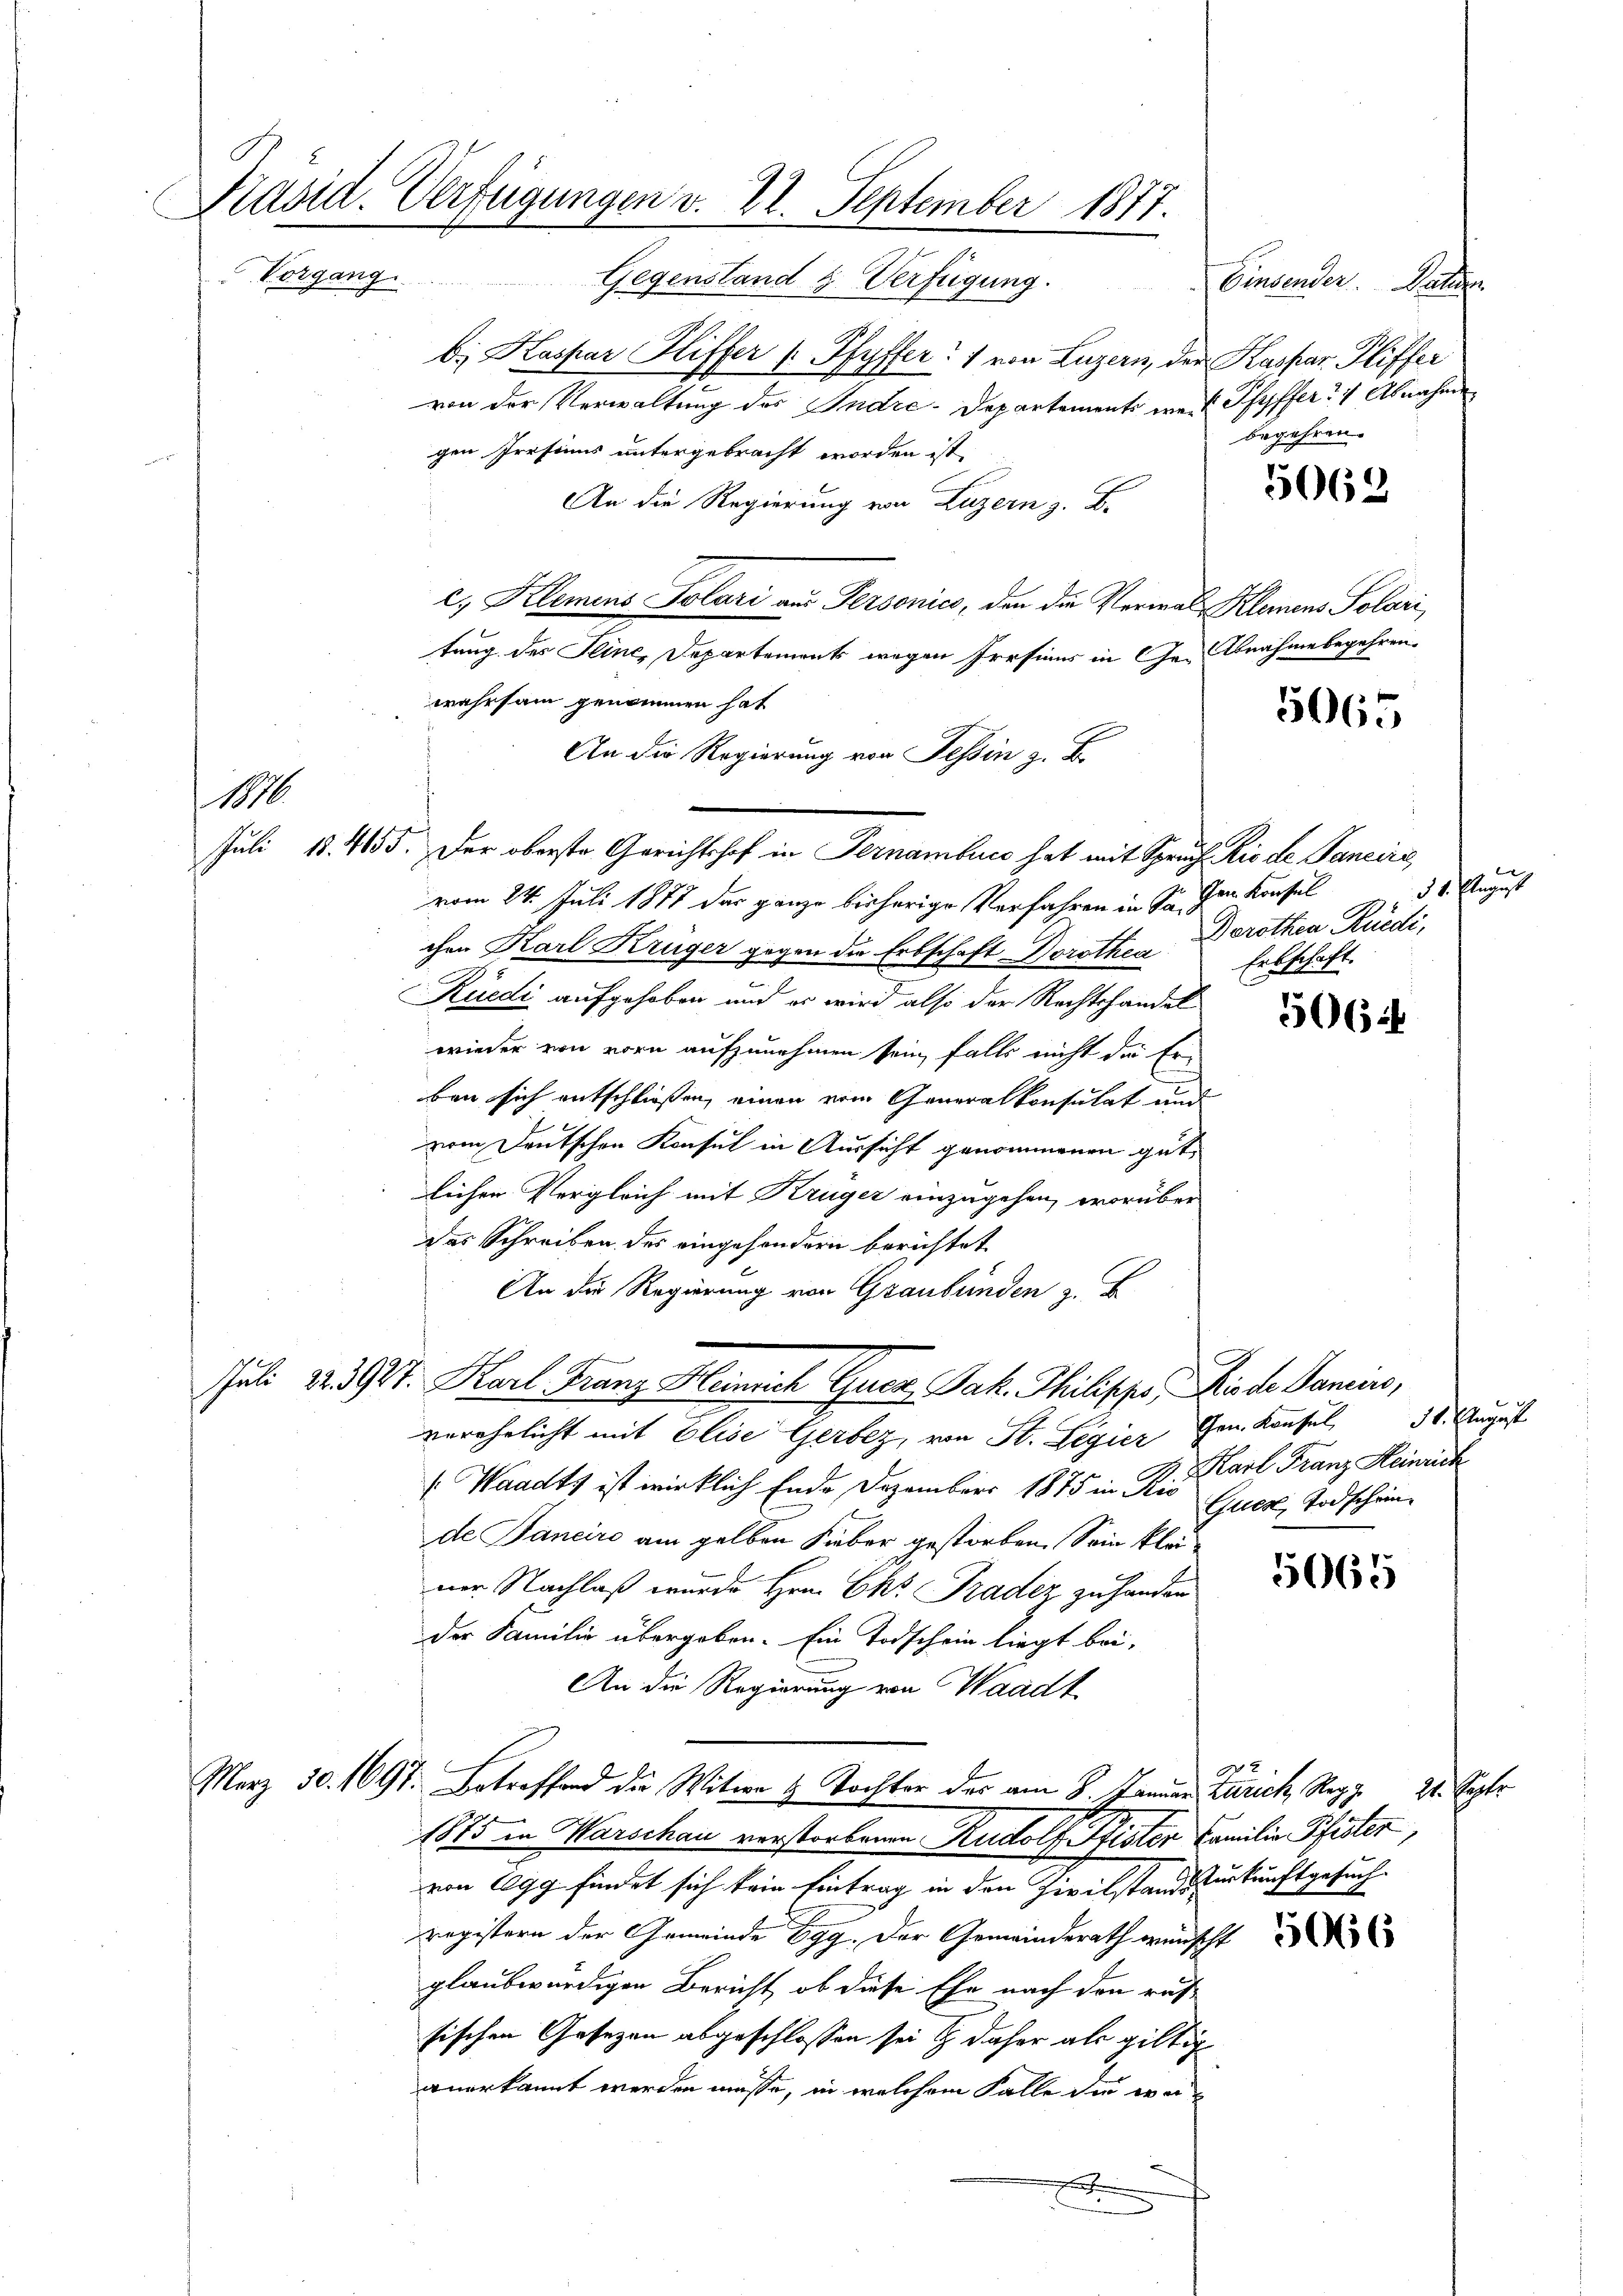
Präsid. Verfügungen v. 22. September 1877.
Vorgang. Gegenstand & Verfügung.
Einsender. Galien

1876

b. Kaspar Hliffer (Pfyffer: " von Luzern, der Kaspar Fliffer
von der Verwaltung des Indre-Departements wert Pfyffer 7 Abnahme
gen Prosiums untergebracht worden ist,
An die Regierung von Luzern z. B.
c. Klemens Polari aus Personico, den die Verwal Kleinens Solari
tung des Seine, Departements wegen Presians in Ge- Abnahme begehren.
wahrsam genommen hat
An die Regierung von Tessin z. B.
Juli 18. 4655. Der oberste Gerichtshof in Pernambuch hat mit Spruch die de Pancire
vom 24. Juli 1877 das ganze bisherige Verfahren in Sr. Der Konsul
chen Karl Krüger gegen die Erbschaft Dorothes Dorothea Rüedi,
Rüedi aufgehoben und es wird also der Rechtshandel
wieder von vorn aufzunehmen sein, falls nicht die Er-
ben sich entschließen, einen vom Generalkonsulat und
vom Deutschen Konsul in Aussicht genommenen gut
lichen Vergleich mit Krüger einzugehen, worüber
des Schreiben des eingesondern berichtet
An die Regierung von Graubünden z. B
Juli 22. 397. Karl Franz Heinrich Guer, Jak. Thilipps, Kinde Damins,
verehelicht mit Elise Gerbez, von St. Legier Gem. Konsul 30. August
: Waadts ist wirklich Ende Dezember 1875 in Rio Gucz, Todscheinde Jancire am gelben Sieber gestorben. Sein klauner Nachlaß wurde Hrn. Chr. Tradez zu handen
der Familie übergeben. Ein Todschein liegt bei,
An die Regierung von Waadt
März 50. 1697. Betreffend die Witwe u Tochter des am 8. Jänner Zürich, Reg. 21. Septbr
1885 in Warschau verstorbenen Rudolf Pfister Familie Pfeiter,
von Egg findet sich kein Eintrag in den Zivilstandeskurkunftgesuch
registern der Gemeinde Egg. Der Gemeinderath wünscht
glaubwürdigen Bericht, ob diese Ehe nach den rus-
sischen Gesezen abgeschlossen sei & daher als giltig
anerkannt werden müsse, in welchem Falle die wer¬
F

begehren.

d
31. August
Erbschaft.

Karl Franz Heinrich

5062

5065

506 i

5065